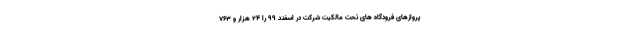
پروازهای فرودگاه های تحت مالکیت شرکت در اسفند ۹۹ را ۲۴ هزار و ۷۶۳